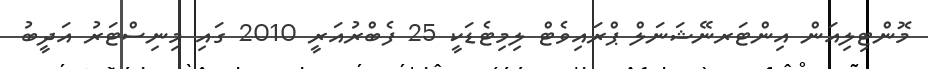
މޮންޓިލިއަން އިންޓަރނޭޝަނަލް ޕްރައިވެޓް ލިމިޓެޑަކީ 25 ފެބްރުއަރީ 2010 ގައި މިނިސްޓަރު އަދީބު